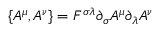
\{ A ^ { \mu } , A ^ { \nu } \} = F ^ { \sigma \lambda } \partial _ { \sigma } A ^ { \mu } \partial _ { \lambda } A ^ { \nu }